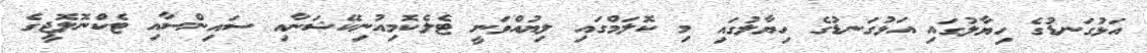
އަޅުގަނޑުގެ ހިޔާލުގައި އަޅުގަނޑުގެ ހިޔާލުގައި މި ކޮލަމްގައި ލިޔުއްވަނީ ޓެލެކޮމިއުނިކޭޝަނާއި ސައިންސާއި ޓެކްނޮލޮޖީގެ